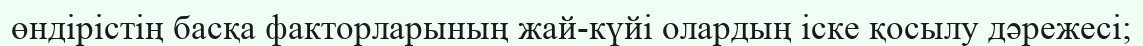
өндірістің басқа факторларының жай-күйі олардың іске қосылу дәрежесі;